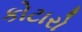
કોટારો